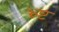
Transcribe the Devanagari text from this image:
भ्र्ष्ट